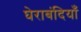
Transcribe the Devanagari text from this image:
घेराबंदियाँ